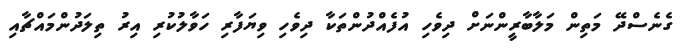
ގެނެސްދޭ މަތިން މަލާބާރީންނަށް ދިވެހި އުފެއްދުންތަކާ ދިވެހި ވިޔަފާރި ހަވާލުކުރި އިރު ތިލަދުންމައްޗާއި